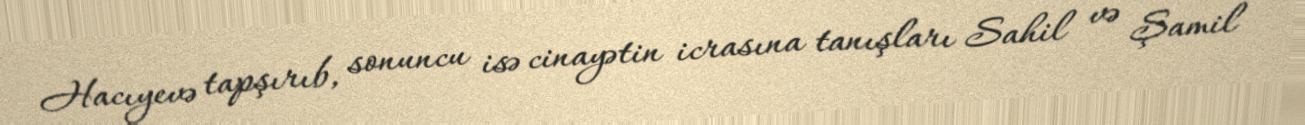
Hacıyevə tapşırıb, sonuncu isə cinayətin icrasına tanışları Sahil və Şamil